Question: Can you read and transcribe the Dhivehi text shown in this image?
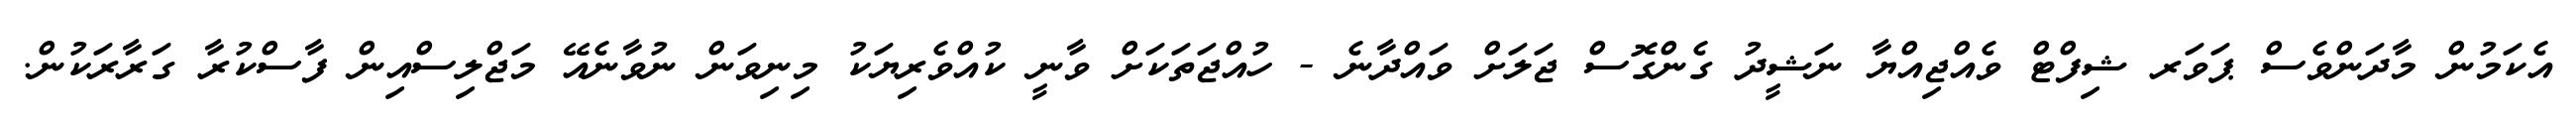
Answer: އެކަމުން މާދަންވެސް ޕަވަރ ޝިފްޓް ވެއްޖިއްޔާ ނަޝީދު ގެންގޮސް ޖަލަށް ވައްދާނެ - ހުއްޖަތަކަށް ވާނީ ކުއްވެރިޔަކު މިނިވަން ނުވާނެއޭ މަޖްލިސްއިން ފާސްކުރާ ގަރާރަކުން.